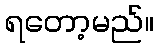
ရတော့မည်။